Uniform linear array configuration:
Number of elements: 48
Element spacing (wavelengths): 1
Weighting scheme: binomial
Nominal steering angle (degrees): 60
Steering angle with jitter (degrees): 61.107
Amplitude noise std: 0.05
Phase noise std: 0.05

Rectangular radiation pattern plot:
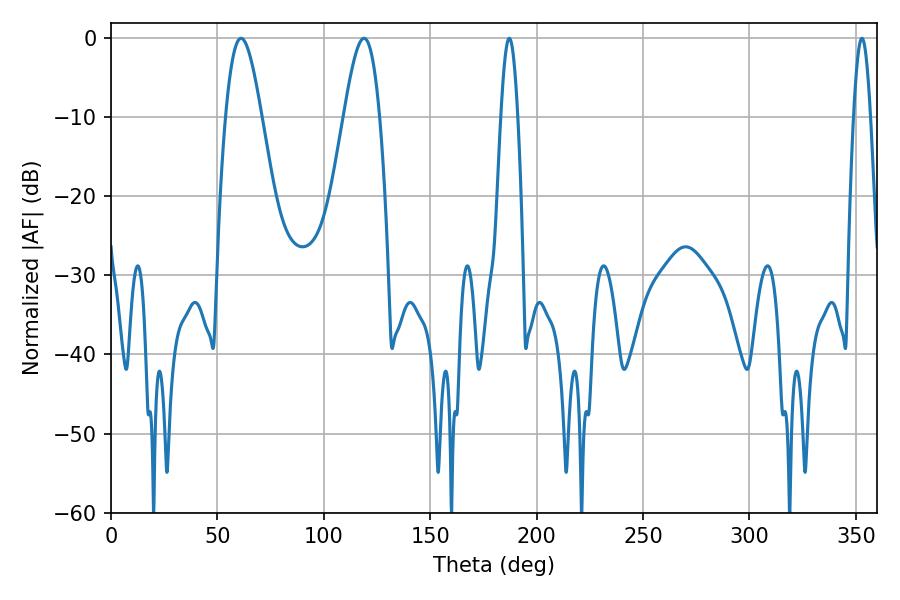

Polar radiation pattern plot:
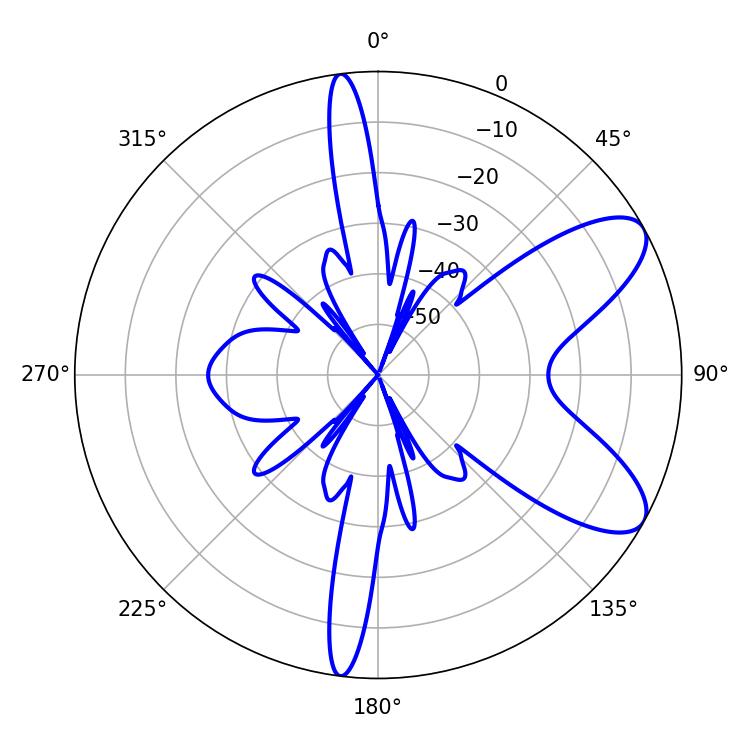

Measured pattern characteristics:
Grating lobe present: TRUE
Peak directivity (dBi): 8.453
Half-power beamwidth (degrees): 9
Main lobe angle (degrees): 61.02